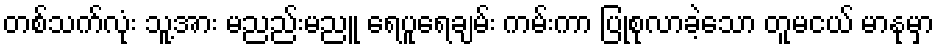
တစ်သက်လုံး သူ့အား မညည်းမညူ ရေပူရေချမ်း ကမ်းကာ ပြုစုလာခဲ့သော တူမငယ် မာနုမှာ